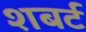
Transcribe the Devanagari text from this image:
शबर्ट